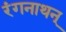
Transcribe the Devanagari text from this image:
रंगनाथन्‌